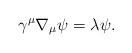
\begin{align*}\gamma^\mu \nabla_\mu \psi = \lambda \psi.\end{align*}